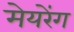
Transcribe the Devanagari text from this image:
मेयरेंग